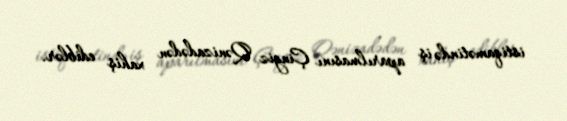
istiqamətində iş aparılmasını Çingiz Qənizadədən xahiş ediblər.